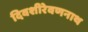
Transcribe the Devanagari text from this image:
दिवशीरेवणनाथ